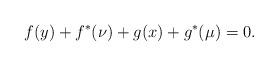
LaTeX: \begin{align*}f(y) + f^*(\nu) + g(x) + g^*(\mu) = 0. \end{align*}